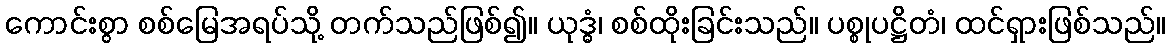
ကောင်းစွာ စစ်မြေအရပ်သို့ တက်သည်ဖြစ်၍။ ယုဒ္ဓံ၊ စစ်ထိုးခြင်းသည်။ ပစ္စုပဋ္ဌိတံ၊ ထင်ရှားဖြစ်သည်။